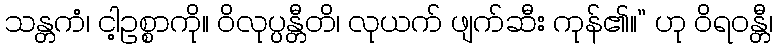
သန္တကံ၊ ငါ့ဥစ္စာကို။ ဝိလုပ္ပန္တီတိ၊ လုယက် ဖျက်ဆီး ကုန်၏။” ဟု ဝိရဝန္တီ၊